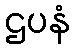
ဌပနံ